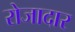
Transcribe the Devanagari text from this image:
रोजादार